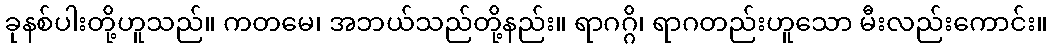
ခုနစ်ပါးတို့ဟူသည်။ ကတမေ၊ အဘယ်သည်တို့နည်း။ ရာဂဂ္ဂိ၊ ရာဂတည်းဟူသော မီးလည်းကောင်း။